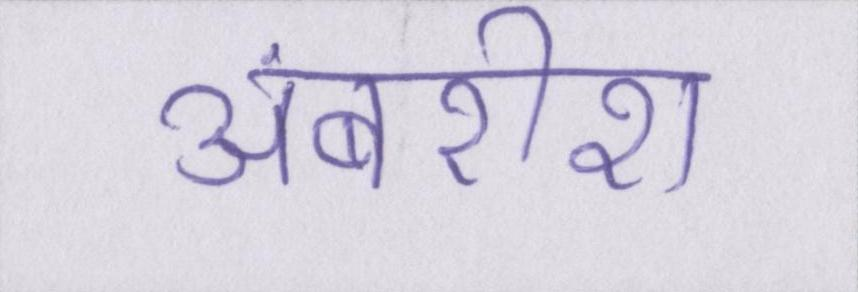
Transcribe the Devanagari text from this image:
अंबरीश